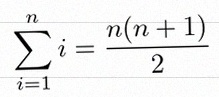
\sum_{i=1}^{n}i=\frac{n(n+1)}2